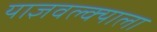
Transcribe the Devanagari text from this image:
याज्ञवल्क्याला